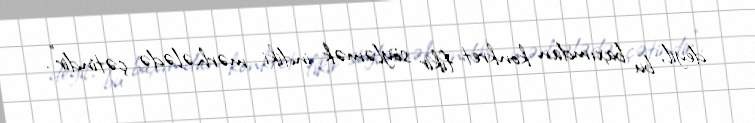
deyil, bu baxımdan konkret fikir söyləmək indiki mərhələdə çətindir".